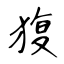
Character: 𤟱